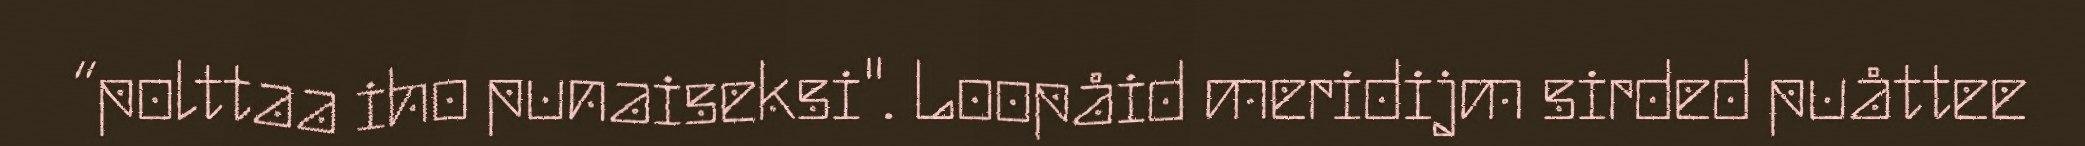
“polttaa iho punaiseksi". Loopåid meridijm sirded puåttee